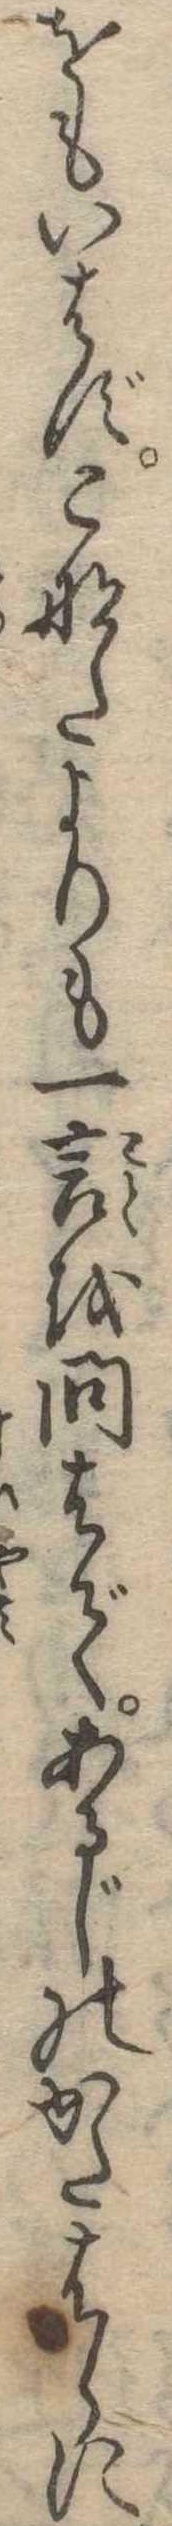
をもいはずこなたよりも一言を問はであるじのかたはらに